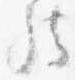
然